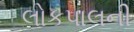
લોકપાલની